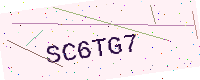
Text: SC6TG7